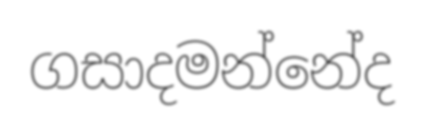
ගසාදමන්නේද